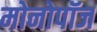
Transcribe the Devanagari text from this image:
मोनोपॉज